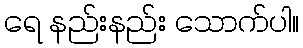
ရေ နည်းနည်း သောက်ပါ။